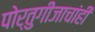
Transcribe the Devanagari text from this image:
पोर्तुगीजाचांही